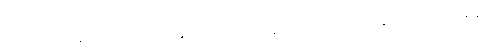
ကတာ၊ ပြုကုန်သနည်း။ ယေ မနုဿာ၊ အကြင်လူတို့သည်။ အမတံ၊ သေခြင်းကင်းသော။